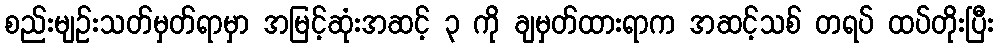
စည်းမျဉ်းသတ်မှတ်ရာမှာ အမြင့်ဆုံးအဆင့် ၃ ကို ချမှတ်ထားရာက အဆင့်သစ် တရပ် ထပ်တိုးပြီး